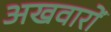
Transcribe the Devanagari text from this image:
अखवारों